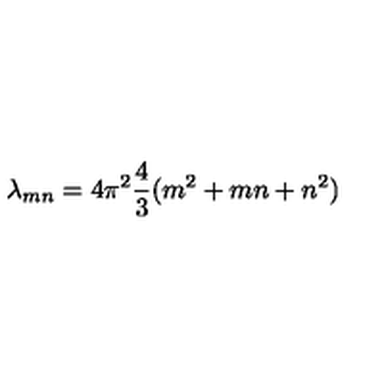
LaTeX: \lambda _ { m n } = 4 \pi ^ { 2 } { \frac { 4 } { 3 } } ( m ^ { 2 } + m n + n ^ { 2 } )